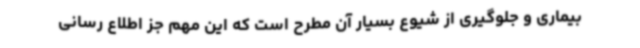
بیماری و جلوگیری از شیوع بسیار آن‌ مطرح است که این مهم جز اطلاع رسانی